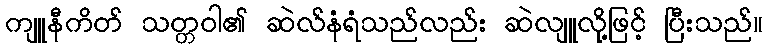
ကျူနီကိတ် သတ္တဝါ၏ ဆဲလ်နံရံသည်လည်း ဆဲလျူလို့ဖြင့် ပြီးသည်။